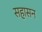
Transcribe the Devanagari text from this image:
सहासन